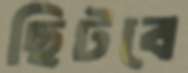
ছিটবে